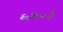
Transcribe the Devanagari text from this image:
६६०३